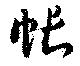
帳